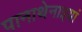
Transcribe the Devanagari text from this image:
पानाथेनाइयां